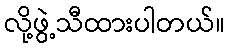
လို့ဖွဲ့သီထားပါတယ်။